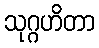
သုဂ္ဂဟိတာ